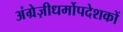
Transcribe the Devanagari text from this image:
अंग्रेज़ीधर्मोपदेशकों